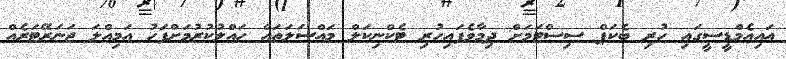
އައިއެމްޑީސީގައި ހުރި ބެކަޕް ސިސްޓަމަށް ދިމާވެފައިހުރި ޓެކްނިކަލް މައްސަލަތައް ހައްލުކުރުމަށްފަހު އަމިއްލަ ޖަނަރޭޓަރެއް